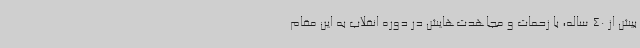
بیش از 40 ساله، با زحمات و مجاهدت‌هایش در دوره انقلاب به این مقام